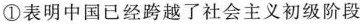
①表明中国已经跨越了社会主义初级阶段